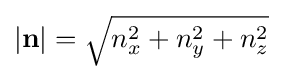
{\textstyle \left|\mathbf {n} \right|={\sqrt {n_{x}^{2}+n_{y}^{2}+n_{z}^{2}}}}